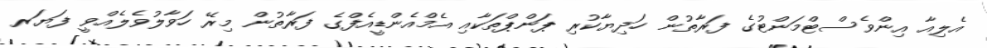
އެލިއާ އިންވެސްޓްމަންޓުގެ ފަރާތުން ހަދިޔާކުރި ޕަންޕްތަކާއި އެމްއެންޑީއެފްގެ ފަރާތުން މިރޭ ހަވާލުވެލެއްވީ ފަޔަރ